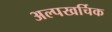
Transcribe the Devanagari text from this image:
अल्पखर्चिक